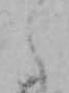
え